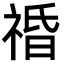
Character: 䄑